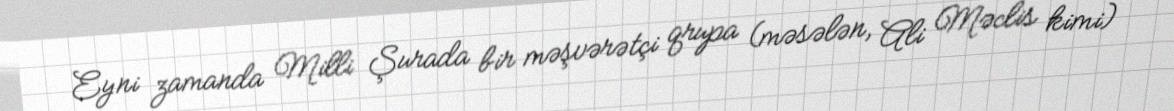
Eyni zamanda Milli Şurada bir məşvərətçi qrupa (məsələn, Ali Məclis kimi)